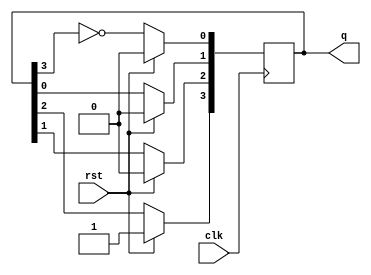
`timescale 1ns / 1ps
//////////////////////////////////////////////////////////////////////////////////
// Company: 
// Engineer: 
// 
// Design Name: 
// Module Name: JHONSON COUNTER
// Project Name: 
// Target Devices: 
// Tool Versions: 
// Description: 
// 
// Dependencies: 
// 
// Revision:
// Revision 0.01 - File Created
// Additional Comments:
// 
//////////////////////////////////////////////////////////////////////////////////


module JHONSON_COUNTER(
    input clk,rst,
    output reg [3:0] q
    );
    always@(posedge clk)
begin
     if(rst)q<=1000;
     else 
     begin
     q[0]<=~q[3];
     q[1]<=q[0];
     q[2]<=q[1];
     q[3]<=q[2];
    end
    end
endmodule